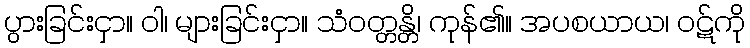
ပွားခြင်းငှာ။ ဝါ၊ များခြင်းငှာ။ သံဝတ္တန္တိ၊ ကုန်၏။ အပစယာယ၊ ဝဋ်ကို